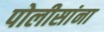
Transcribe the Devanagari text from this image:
पोलीसांना